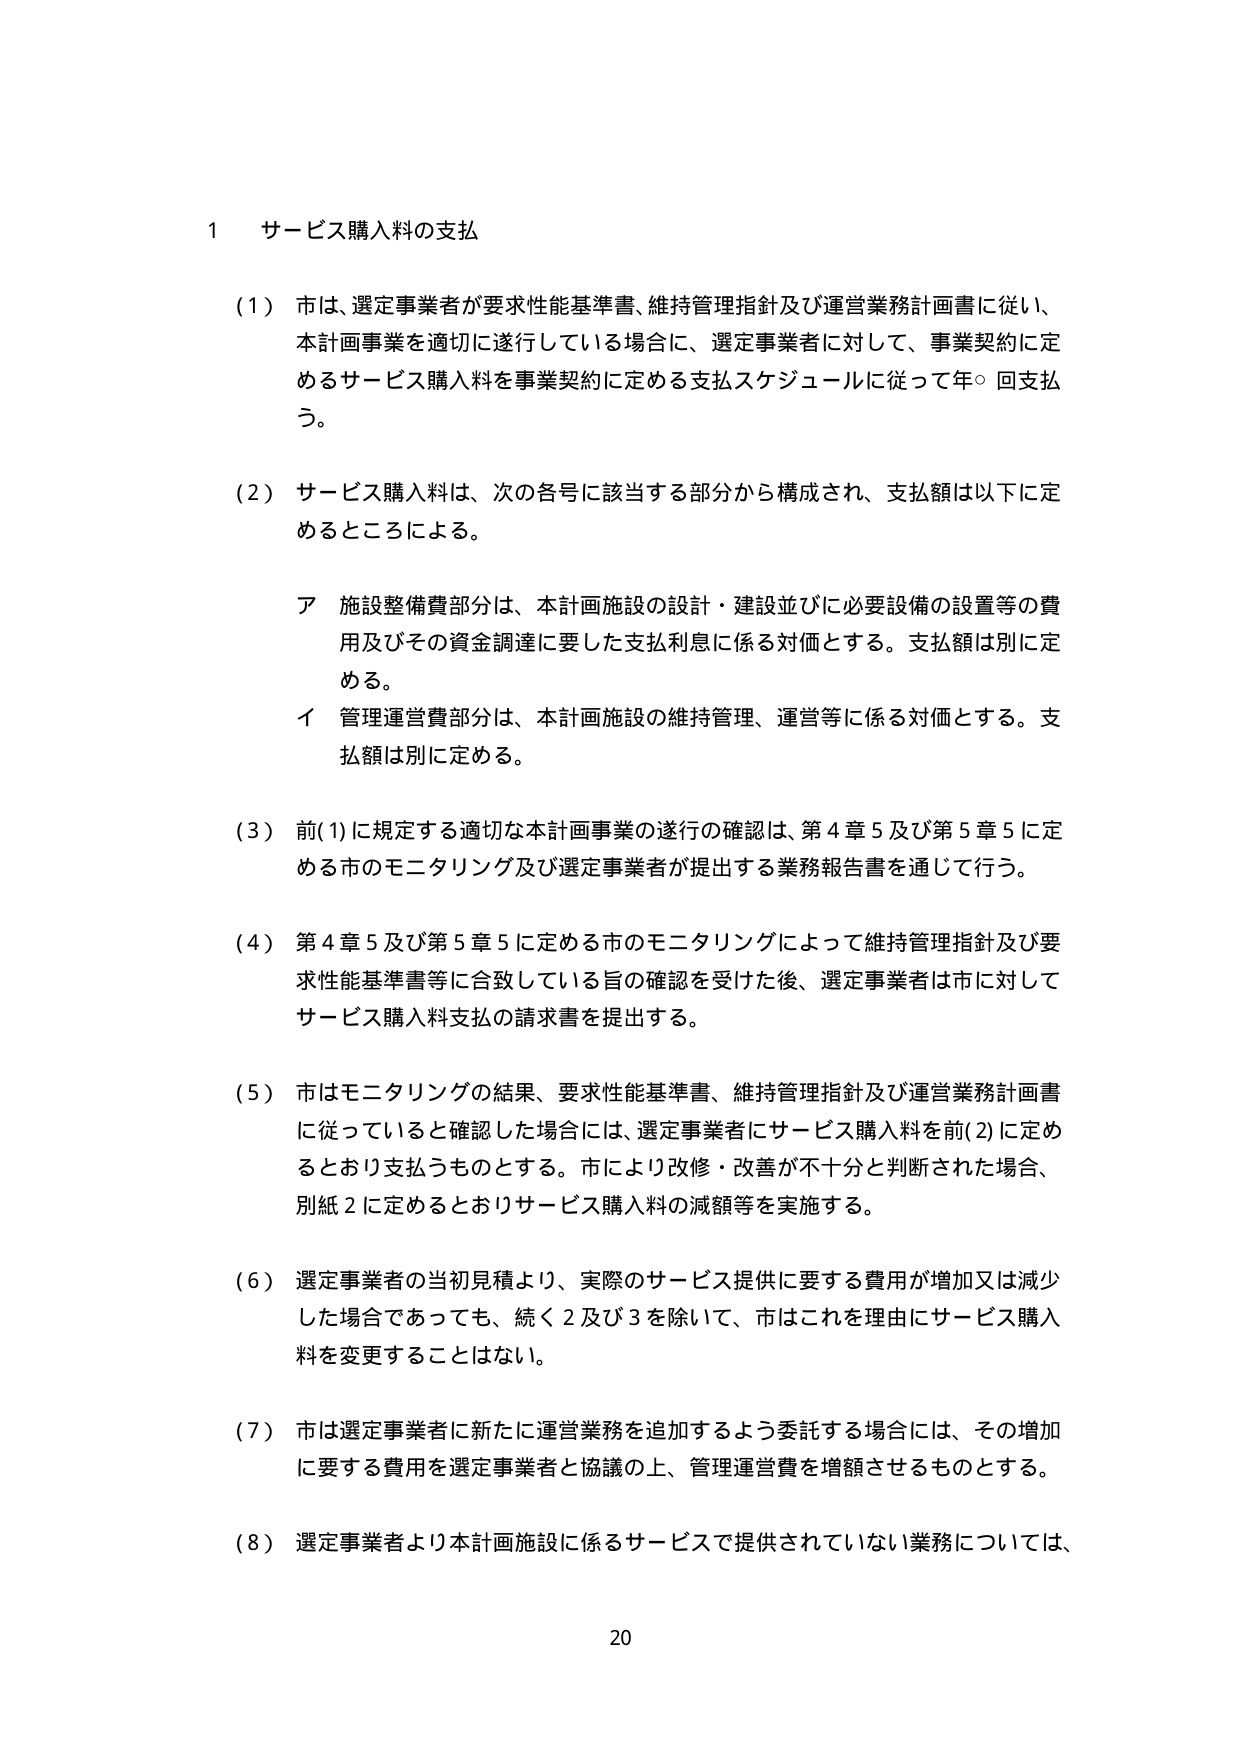
1 サービス購入料の支払

(1) 市は、選定事業者が要求性能基準書、維持管理指針及び運営業務計画書に従い、本計画事業を適切に遂行している場合に、選定事業者に対して、事業契約に定めるサービス購入料を事業契約に定める支払スケジュールに従って年○回支払う。

(2) サービス購入料は、次の各号に該当する部分から構成され、支払額は以下に定めるところによる。

ア 施設整備費部分は、本計画施設の設計・建設並びに必要設備の設置等の費用及びその資金調達に要した支払利息に係る対価とする。支払額は別に定める。

イ 管理運営費部分は、本計画施設の維持管理、運営等に係る対価とする。支払額は別に定める。

(3) 前(1)に規定する適切な本計画事業の遂行の確認は、第4章5及び第5章5に定める市のモニタリング及び選定事業者が提出する業務報告書を通じて行う。

(4) 第4章5及び第5章5に定める市のモニタリングによって維持管理指針及び要求性能基準書等に合致している旨の確認を受けた後、選定事業者は市に対してサービス購入料支払の請求書を提出する。

(5) 市はモニタリングの結果、要求性能基準書、維持管理指針及び運営業務計画書に従っていると確認した場合には、選定事業者にサービス購入料を前(2)に定めるとおり支払うものとする。市により改修・改善が不十分と判断された場合、別紙2に定めるとおりサービス購入料の減額等を実施する。

(6) 選定事業者の当初見積より、実際のサービス提供に要する費用が増加又は減少した場合であっても、続く2及び3を除いて、市はこれを理由にサービス購入料を変更することはない。

(7) 市は選定事業者に新たに運営業務を追加するよう委託する場合には、その増加に要する費用を選定事業者と協議の上、管理運営費を増額させるものとする。

(8) 選定事業者より本計画施設に係るサービスで提供されていない業務については、

20